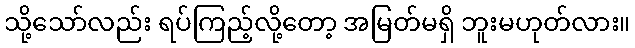
သို့သော်လည်း ရပ်ကြည့်လို့တော့ အမြတ်မရှိ ဘူးမဟုတ်လား။